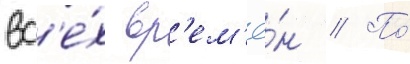
вс'е́х вр'ем'ё́н // По́